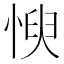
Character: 㥚